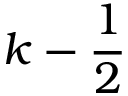
k - \frac 1 2